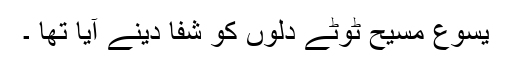
یسوع مسیح ٹوٹے دلوں کو شفا دینے آیا تھا ۔